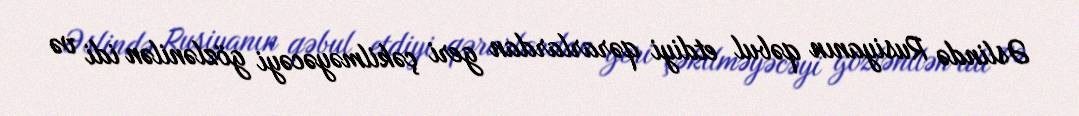
Əslində Rusiyanın qəbul etdiyi qərarlardan geri çəkilməyəcəyi gözlənilən idi və